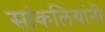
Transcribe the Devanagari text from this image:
सांकलियांनी